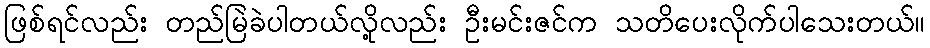
ဖြစ်ရင်လည်း တည်မြဲခဲပါတယ်လို့လည်း ဦးမင်းဇင်က သတိပေးလိုက်ပါသေးတယ်။